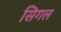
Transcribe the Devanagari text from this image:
सिगल